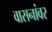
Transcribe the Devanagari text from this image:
वासनांवर